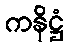
ကနိဋ္ဌံ